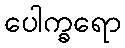
ပေါက္ခရော